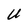
Character: U